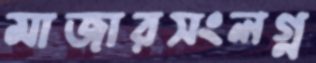
মাজারসংলগ্ন